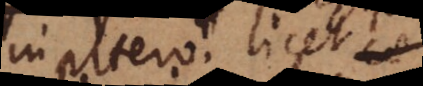
in altero, licet